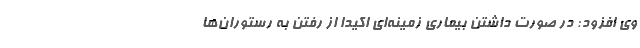
وی افزود: در صورت داشتن بیماری زمینه‌ای اکیدا از رفتن به رستوران‌ها